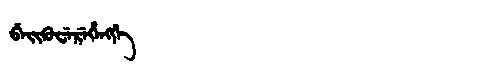
Manchu: ᠪᡝᡳᡴᡠᠸᡝᡵᡝᡥᡝᠩᡤᡝ
Romanization: BEIKUWEREHENGGE